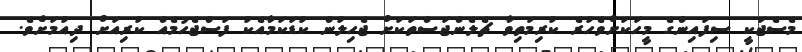
މެސެޖަކީ ސިފައިންގެ މީހަކަށްވެހުރެ ކުރިމަތިވާ ޗެލެންޖަސްތަކަށް ޖެހިލުން ކުޑަކަމާއެކު ފަސްޖެހުމެއް ކުރިއަށް ދިއުމަށެވެ.